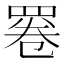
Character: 𦋓